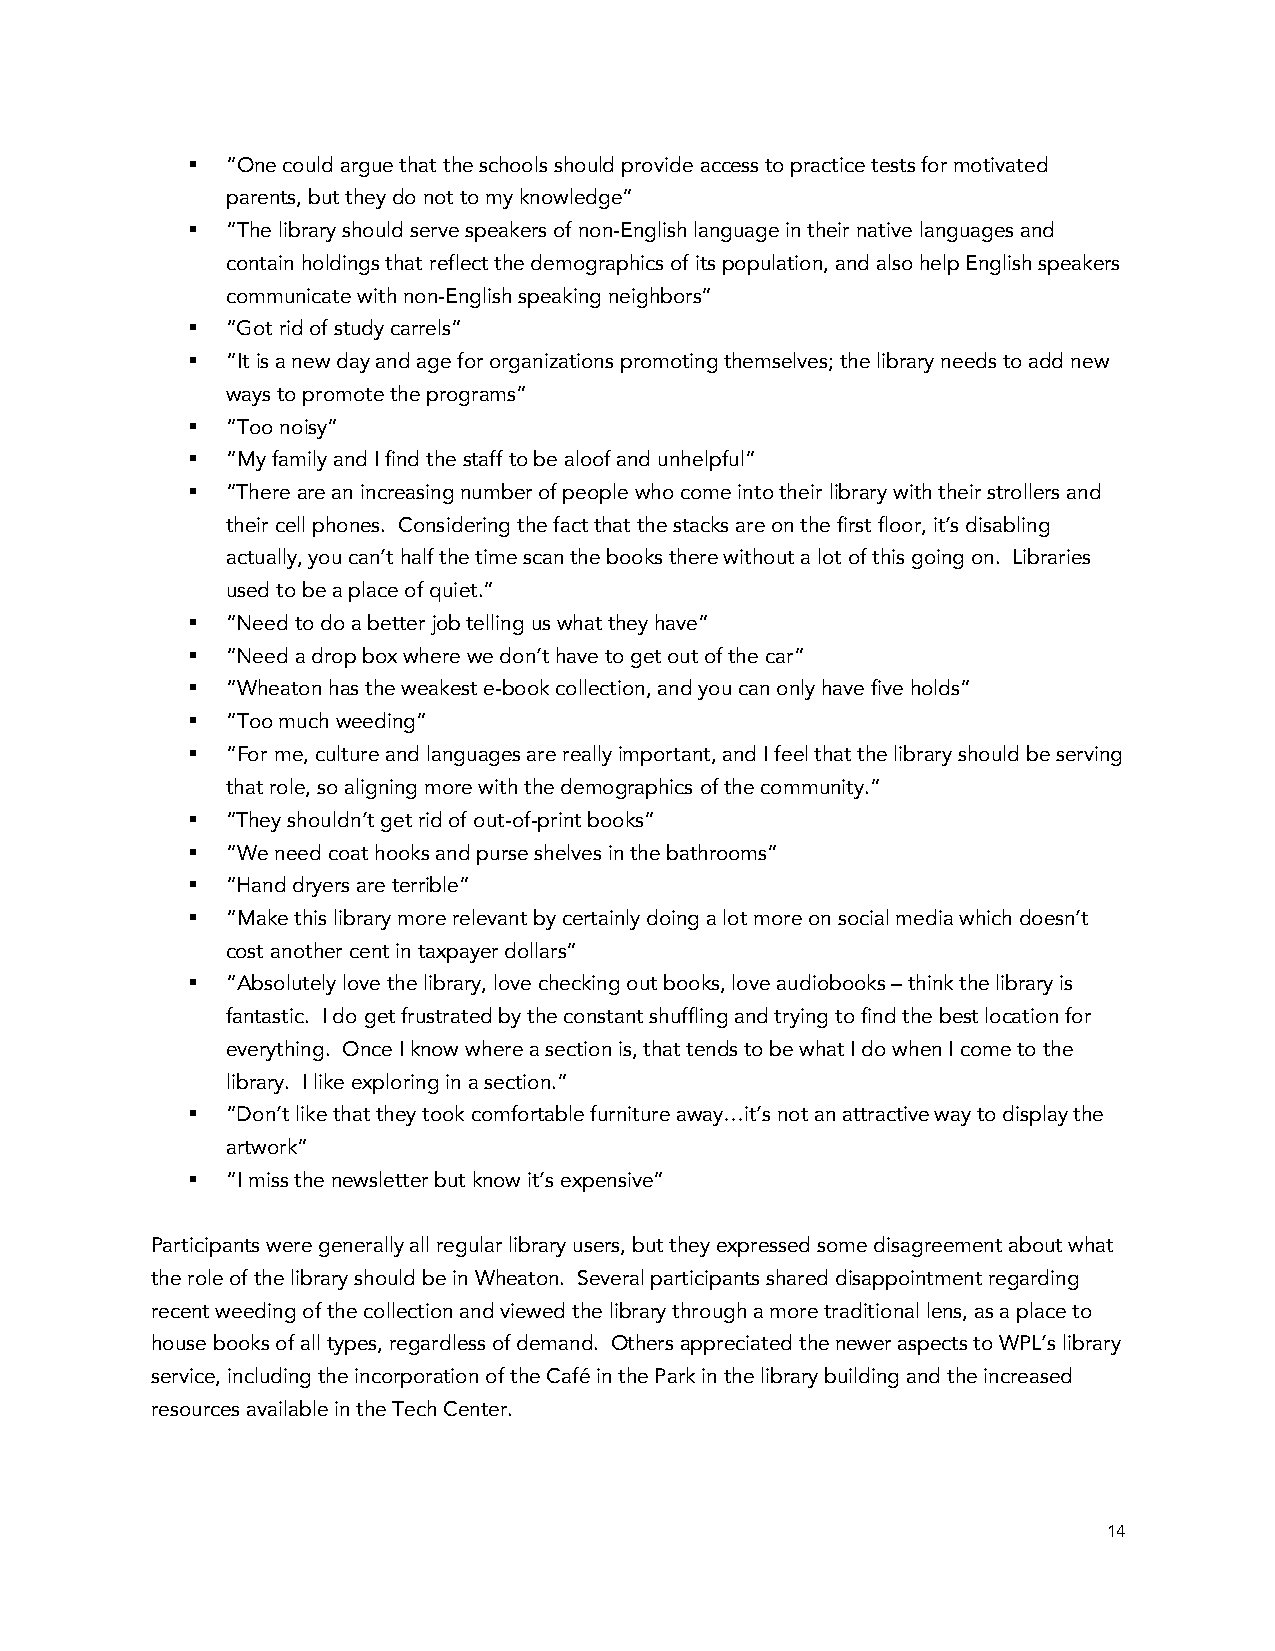
§  “One could argue that the schools should provide access to practice tests for motivated
 parents, but they do not to my knowledge”
 §  “The library should serve speakers of non-English language in their native languages and
 contain holdings that reflect the demographics of its population, and also help English speakers
 communicate with non-English speaking neighbors”
 §  “Got rid of study carrels”
 §  “It is a new day and age for organizations promoting themselves; the library needs to add new
 ways to promote the programs”
 §  “Too noisy”
 §  “My family and I find the staff to be aloof and unhelpful”
 §  “There are an increasing number of people who come into their library with their strollers and
 their cell phones. Considering the fact that the stacks are on the first floor, it’s disabling
 actually, you can’t half the time scan the books there without a lot of this going on. Libraries
 used to be a place of quiet.”
 §  “Need to do a better job telling us what they have”
 §  “Need a drop box where we don’t have to get out of the car”
 §  “Wheaton has the weakest e-book collection, and you can only have five holds”
 §  “Too much weeding”
 §  “For me, culture and languages are really important, and I feel that the library should be serving
 that role, so aligning more with the demographics of the community.”
 §  “They shouldn’t get rid of out-of-print books”
 §  “We need coat hooks and purse shelves in the bathrooms”
 §  “Hand dryers are terrible”
 §  “Make this library more relevant by certainly doing a lot more on social media which doesn’t
 cost another cent in taxpayer dollars”
 §  “Absolutely love the library, love checking out books, love audiobooks – think the library is
 fantastic. I do get frustrated by the constant shuffling and trying to find the best location for
 everything. Once I know where a section is, that tends to be what I do when I come to the
 library. I like exploring in a section.”
 §  “Don’t like that they took comfortable furniture away…it’s not an attractive way to display the
 artwork”
 §  “I miss the newsletter but know it’s expensive”
 Participants were generally all regular library users, but they expressed some disagreement about what
 the role of the library should be in Wheaton. Several participants shared disappointment regarding
 recent weeding of the collection and viewed the library through a more traditional lens, as a place to
 house books of all types, regardless of demand. Others appreciated the newer aspects to WPL’s library
 service, including the incorporation of the Café in the Park in the library building and the increased
 resources available in the Tech Center.
 14